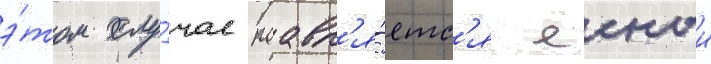
э́том слу́чае поавл'я́етс'я ясныи